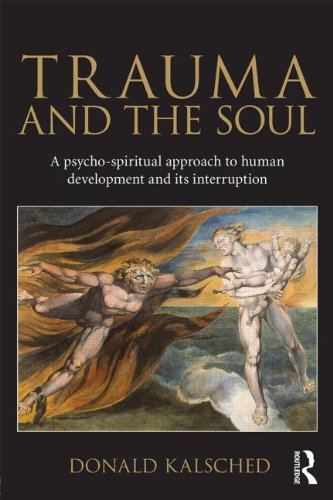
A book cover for Trauma and the Soul: A psycho-spiritual approach to human development and its interruption; Donald Kalsched; Medical Books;